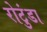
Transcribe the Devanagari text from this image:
रोटुंडा